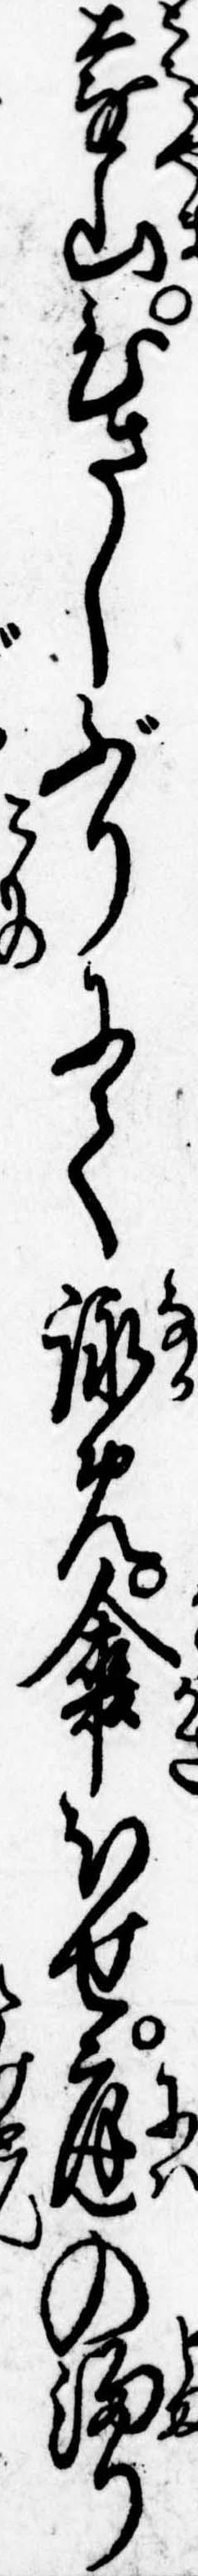
遠山ひさしぶりにて詠め傘ほせ庭の溜り